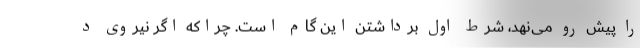
را پیش رو می‌نهد، شرط اول برداشتن این گام است‌. چراکه اگر نیروی د